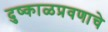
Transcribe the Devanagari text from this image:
दुष्काळप्रवणाचे